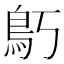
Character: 𱈝